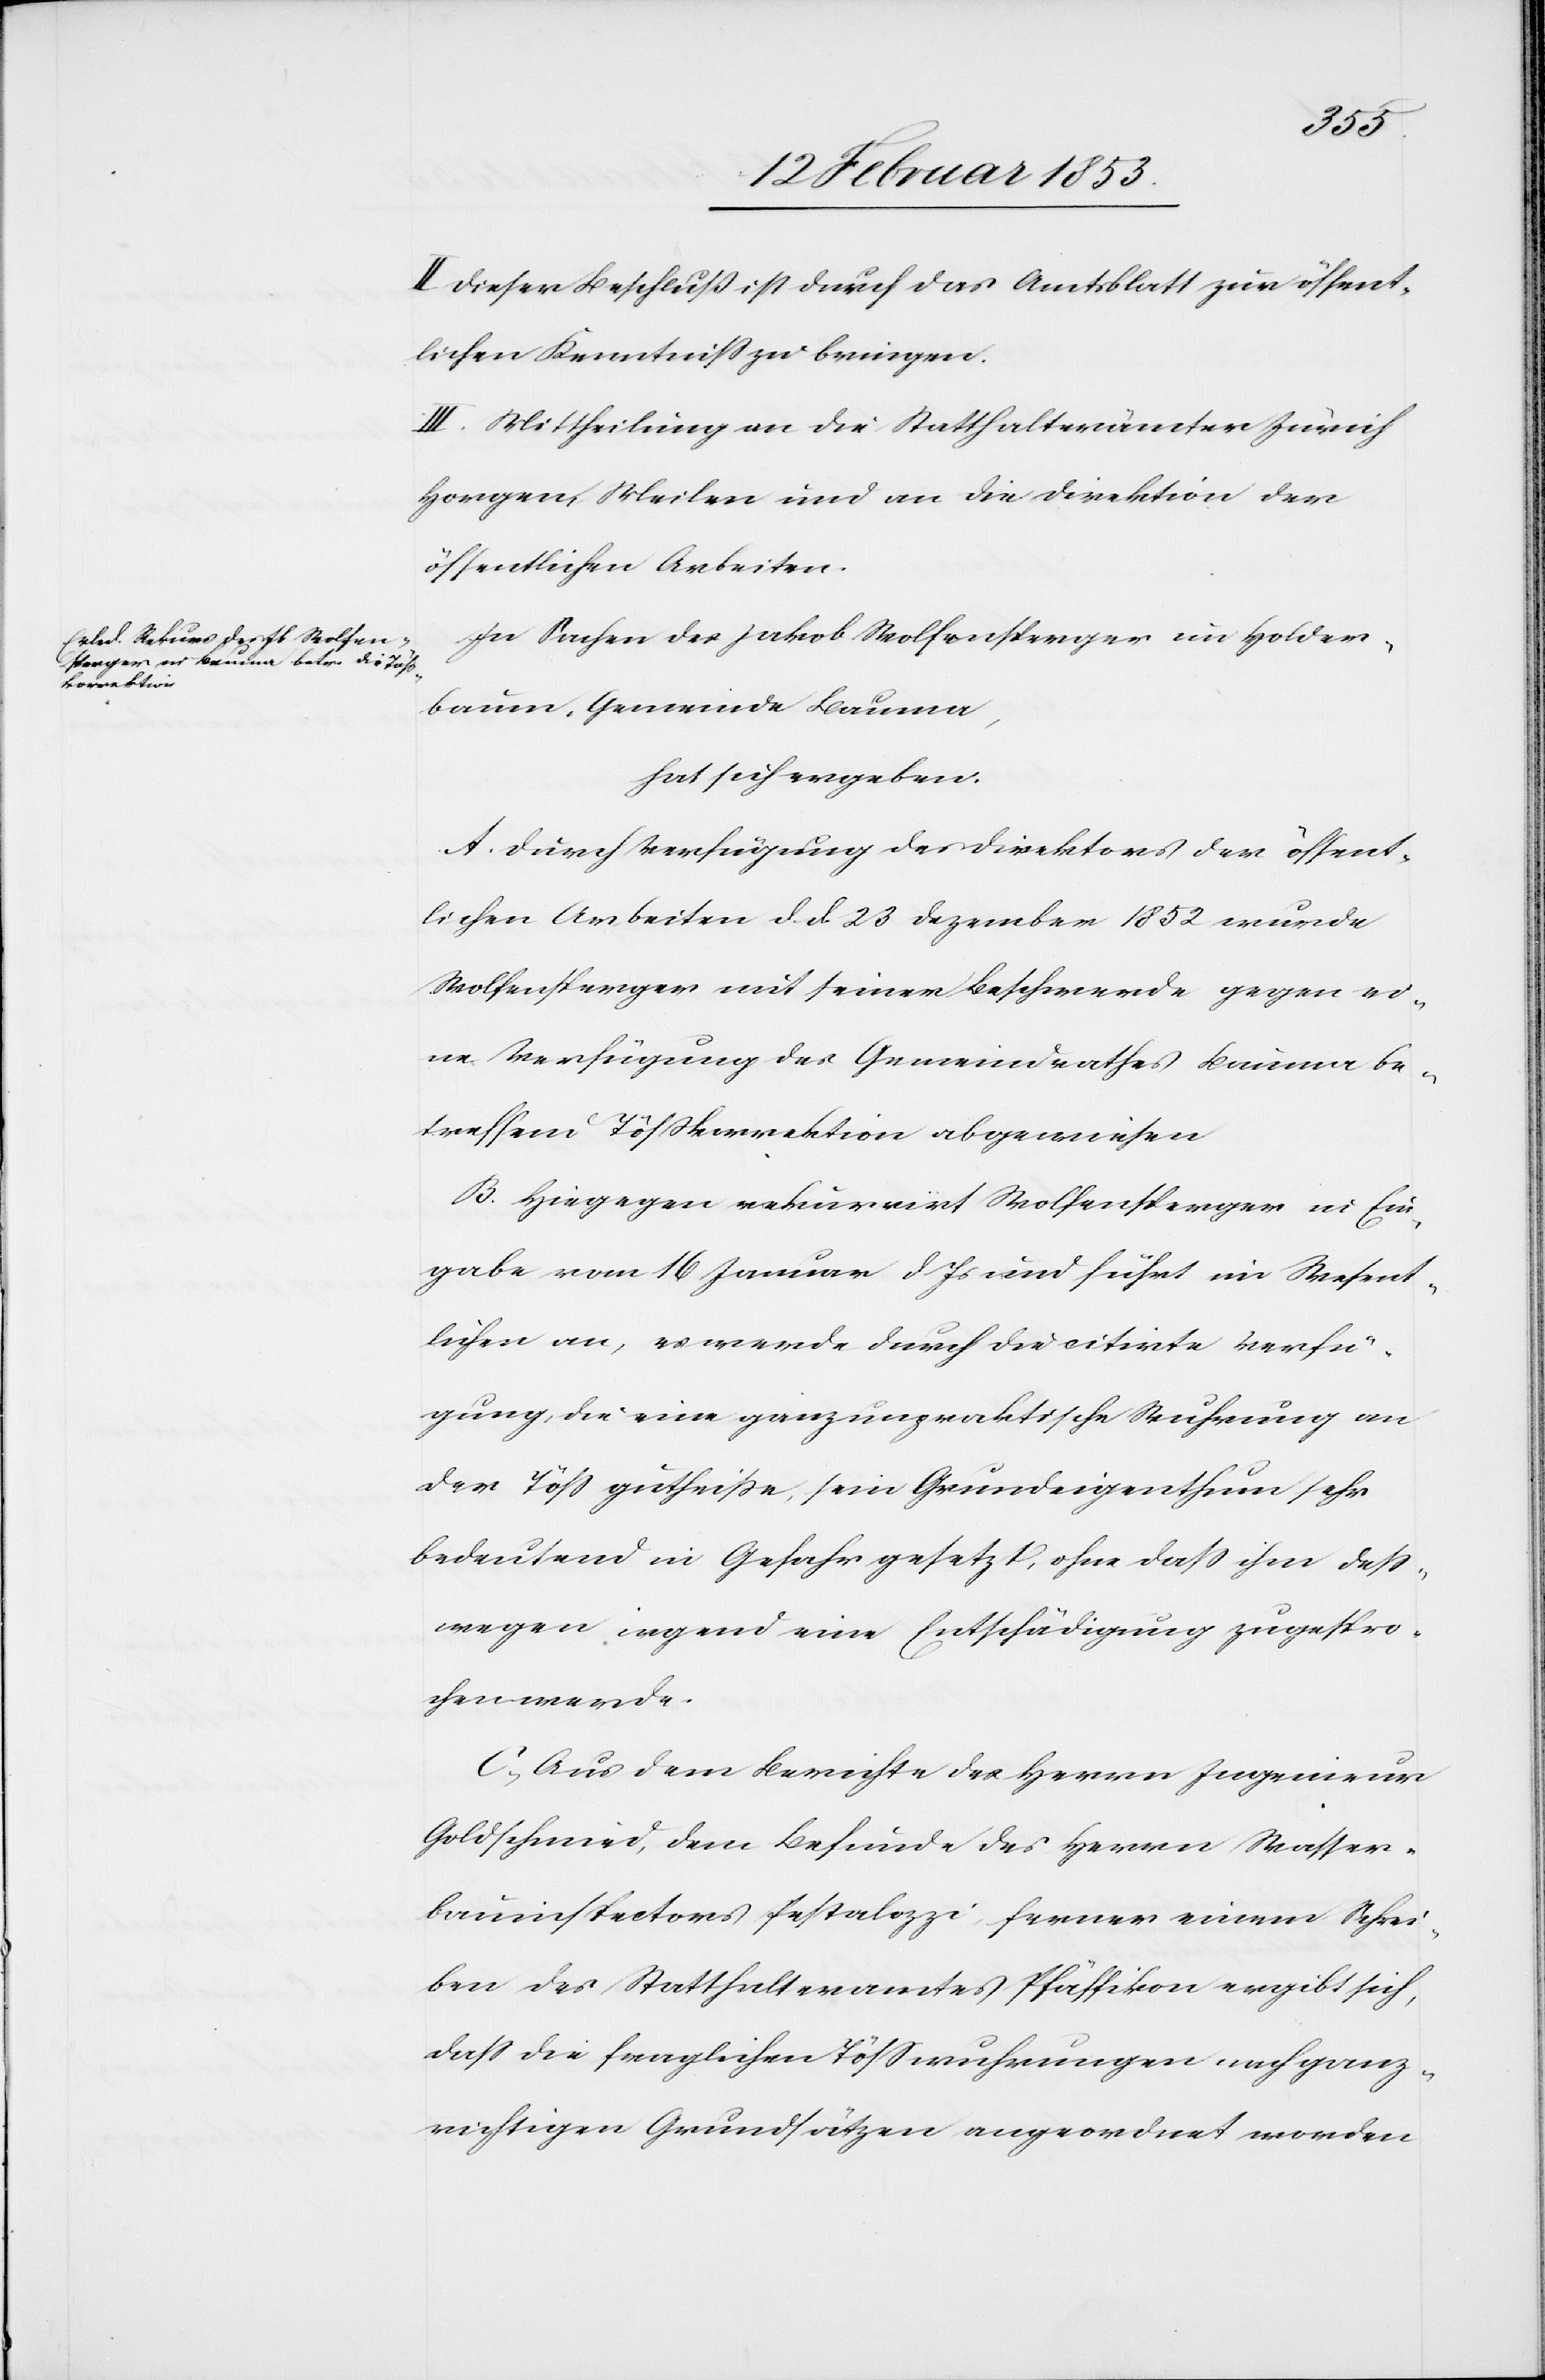
II. Dieser Beschluß ist durch das Amtsblatt zur öffent¬
lichen Kenntniß zu bringen.
III. Mittheilung an die Statthalterämter Zürich[,]
Horgen, Meilen und an die Direktion der
öffentlichen Arbeiten.
In Sachen des Jakob Wolfensberger im Holder¬
baum, Gemeinde Bauma,
hat sich ergeben:
A. Durch Verfügung der Direktion der öffent¬
lichen Arbeiten d. d. 23 Dezember 1852 wurde
Wolfensperger mit seiner Beschwerde gegen ei¬
ne Verfügung des Gemeindrathes Bauma be¬
treffend Tößkorrektion abgewiesen.
B. Hiegegen rekurrirt Wolfensperger in Ein¬
gabe vom 16 Januar d. Js. und führt im Wesent¬
lichen an, es werde durch die citirte Verfü¬
gung, die eine ganz unpraktische Wuhrung an
der Töß gutheiße, sein Grundeigenthum sehr
bedeutend in Gefahr gesetzt, ohne daß ihm deß¬
wegen irgend eine Entschädigung zugespro¬
chen werde.
C, Aus dem Berichte des Herrn Ingenieur
Goldschmied, dem Befunde des Herrn Wasser¬
bauinspectors Pestalozzi, ferner einem Schrei¬
ben des Statthalteramtes Pfäffikon ergibt sich,
daß die fraglichen Tößwuhrungen nach ganz
richtigen Grundsätzen angeordnet worden